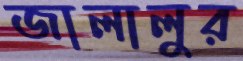
জালালুর